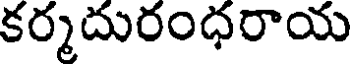
కర్మదురంధరాయ